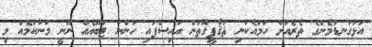
އަޅުގަނޑުމެންގެ ތެރެއަށް ހަމައެކަނި ޘަޤާފީގޮތުން އައިސްފައި ހުންނަ ޓަބޫއެއް ނޫނީ މަނާކަމެއް މި